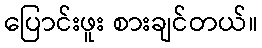
ပြောင်းဖူး စားချင်တယ်။